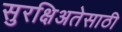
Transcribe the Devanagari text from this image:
सुरक्षिअतेसाठी